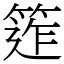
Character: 𥯧